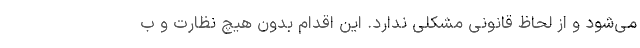
می‌شود و از لحاظ قانونی مشکلی ندارد. این اقدام بدون هیچ نظارت و ب